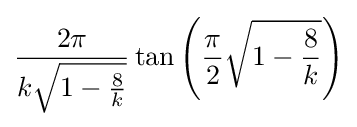
{\frac {2\pi }{k{\sqrt {1-{\frac {8}{k}}}}}}\tan \left({\frac {\pi }{2}}{\sqrt {1-{\frac {8}{k}}}}\right)